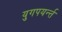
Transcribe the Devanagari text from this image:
युगपयर्न्त